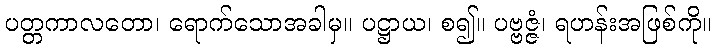
ပတ္တကာလတော၊ ရောက်သောအခါမှ။ ပဋ္ဌာယ၊ စ၍။ ပဗ္ဗဇ္ဇံ၊ ရဟန်းအဖြစ်ကို။